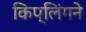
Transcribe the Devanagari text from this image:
किप्लिंगने